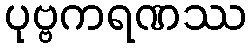
ပုဗ္ဗကရဏဿ